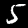
Label: 5